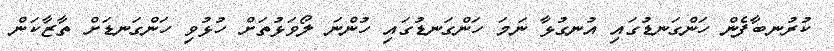
ކުރުނބާފެން ހަންގަނޑުގައި އުނގުޅާ ނަމަ ހަންގަނޑުގައި ހުންނަ ލޯވަޅުތަށް ހުޅުވި ހަންގަނޑަށް ތާޒާކަން